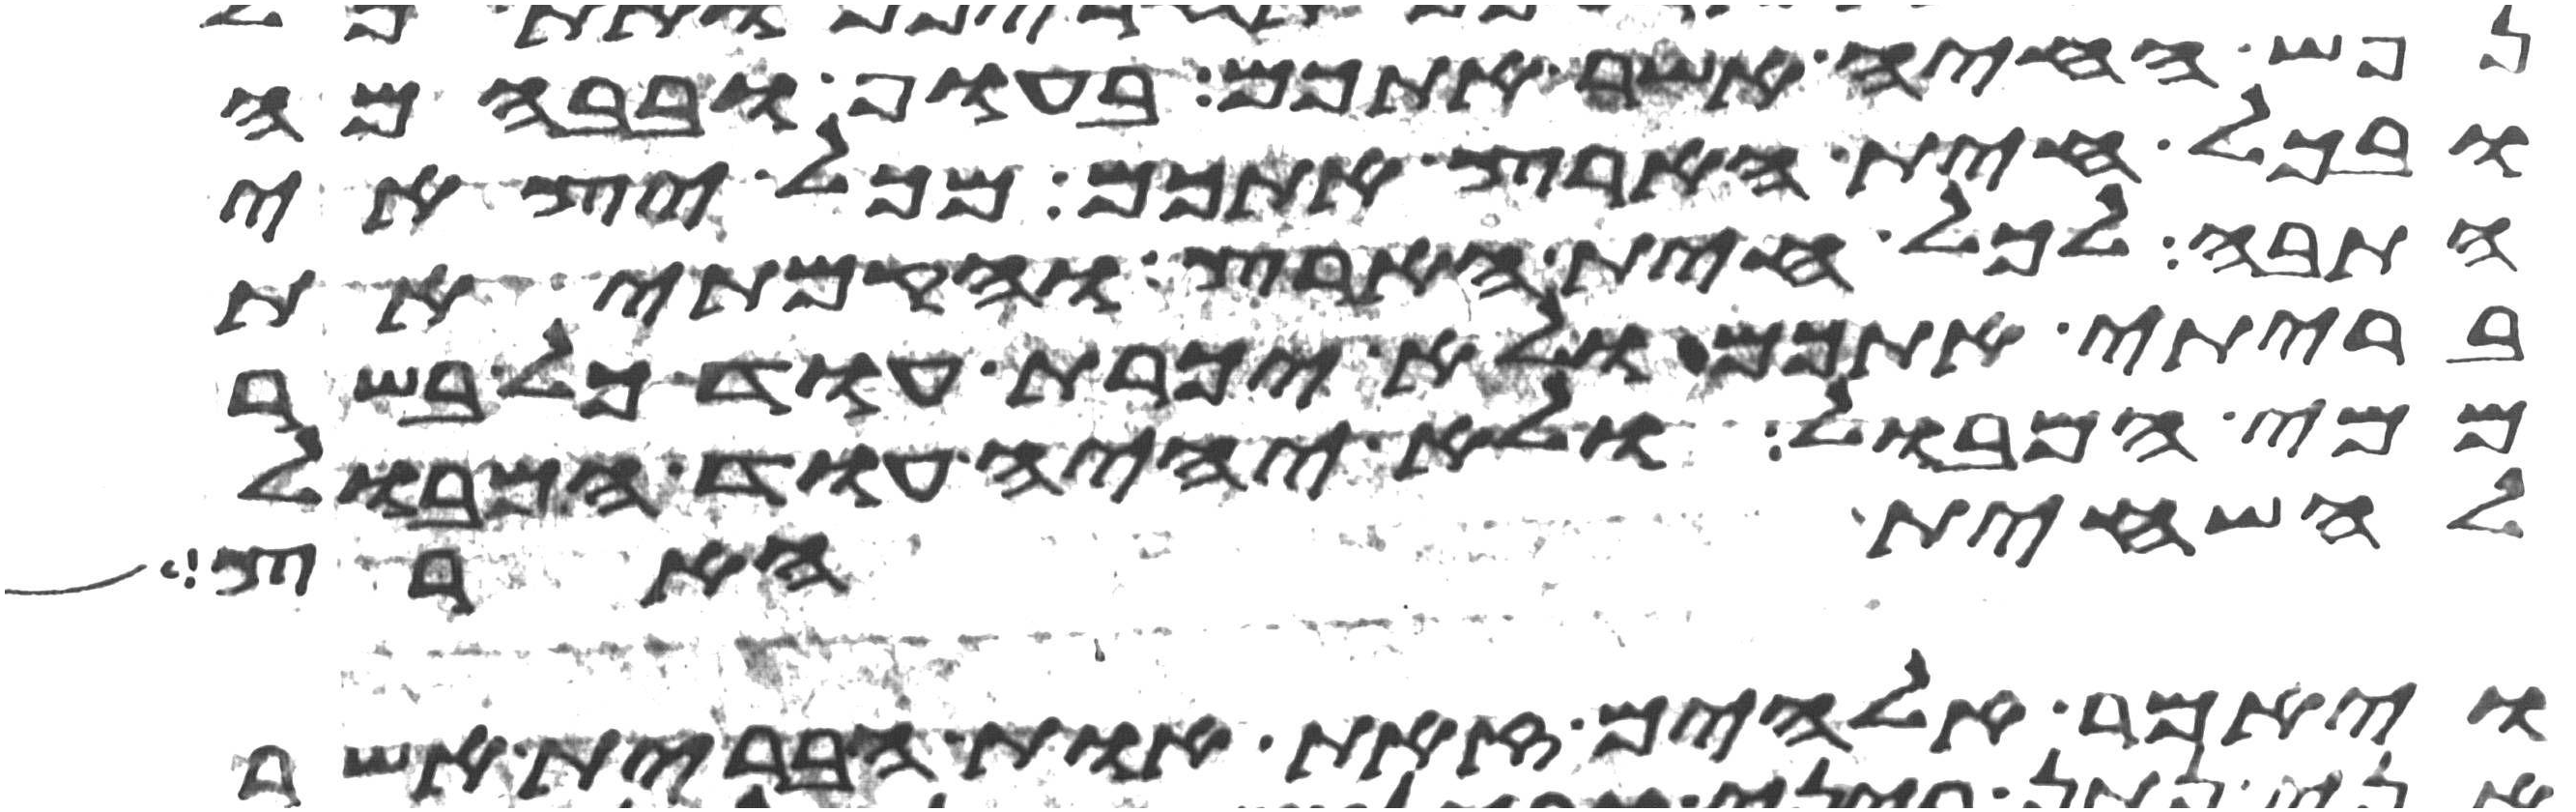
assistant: נפש החיה אשר אתכם בעוף ובבהמה
ובכל חית הארץ אתכם מכל יצאי
התבה לכל חית הארץ והקמתי את
בריתי אתכם ולא יכרת עוד כל בשר
ממי המבול ולא יהיה עוד המבול
להשחית הארץ
ויאמר אלהים זאת אות הברית אשר